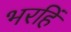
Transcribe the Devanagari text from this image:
भरहिं